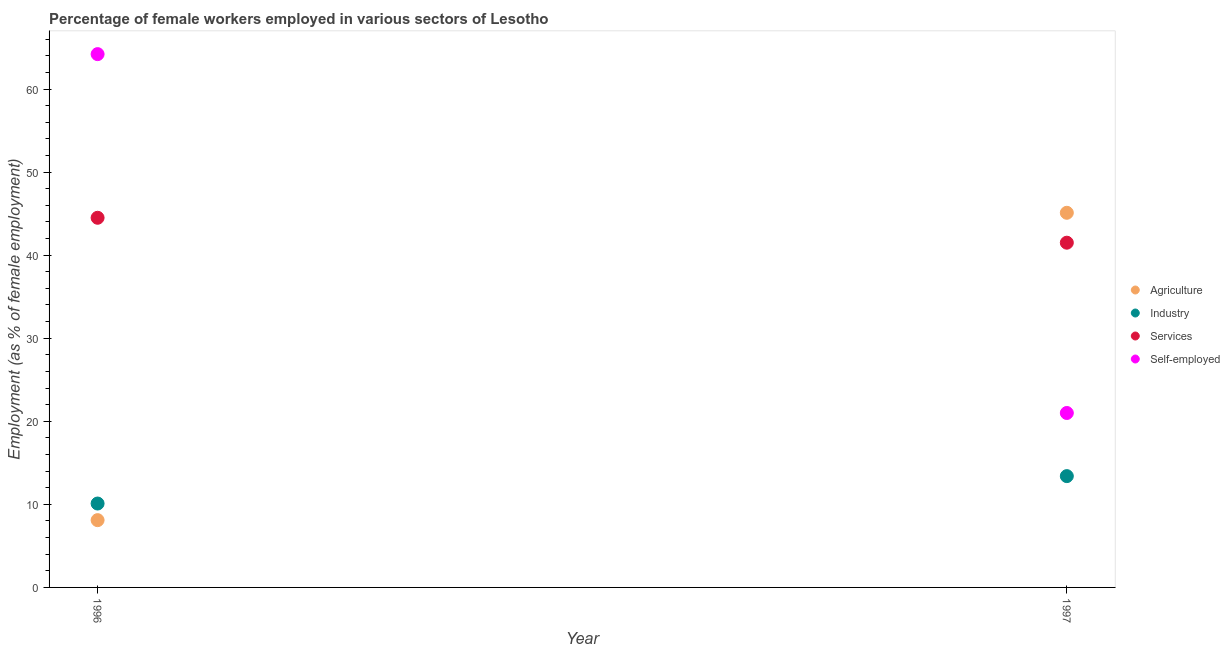
| Year | Agriculture | Industry | Services | Self-employed |
 | --- | --- | --- | --- | --- |
 | 1996 | 8.1 | 10.1 | 44.5 | 64.2 |
 | 1997 | 45.1 | 13.4 | 41.5 | 21 |